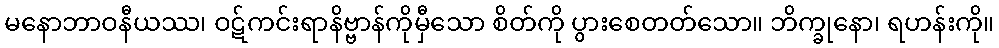
မနောဘာဝနီယဿ၊ ဝဋ်ကင်းရာနိဗ္ဗာန်ကိုမှီသော စိတ်ကို ပွားစေတတ်သော။ ဘိက္ခုနော၊ ရဟန်းကို။